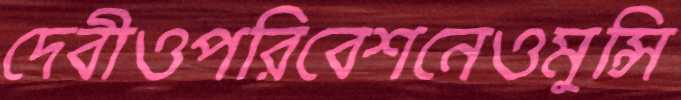
দেবীওপরিবেশনেওমুন্সি